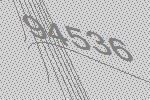
94536